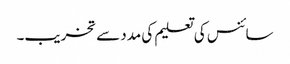
سائنس کی تعلیم کی مدد سے تخریب۔